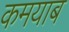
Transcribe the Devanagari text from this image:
कमयाब